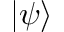
| \psi \rangle